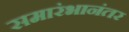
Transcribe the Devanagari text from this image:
समारंभानंतर